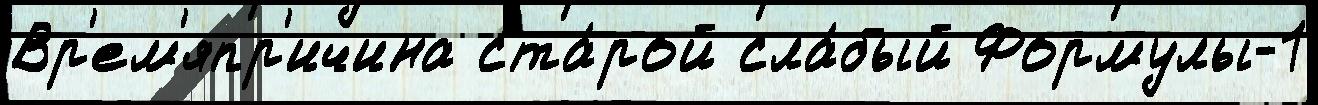
Вр'ем'япр'ичина ста́рой сла́бый Формулы-1